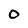
Character: O